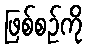
ဖြစ်စဉ်ကို